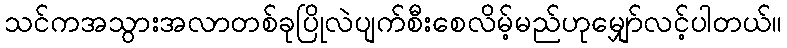
သင်ကအသွားအလာတစ်ခုပြိုလဲပျက်စီးစေလိမ့်မည်ဟုမျှော်လင့်ပါတယ်။